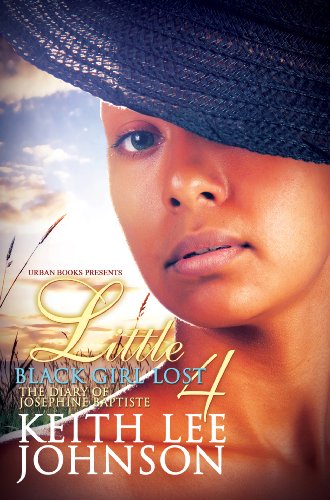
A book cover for Little Black Girl Lost 4:: The Diary of Josephine Baptiste; Keith Lee Johnson; Literature & Fiction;